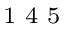
^ \textrm { \scriptsize 1 4 5 }